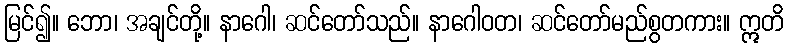
မြင်၍။ ဘော၊ အချင်တို့။ နာဂေါ၊ ဆင်တော်သည်။ နာဂေါဝတ၊ ဆင်တော်မည်စွတကား။ ဣတိ